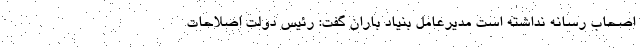
اصحاب رسانه نداشته است مدیرعامل بنیاد باران گفت: رئیس دولت اصلاحات